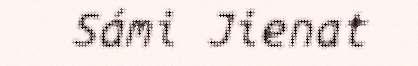
Sámi Jienat